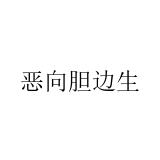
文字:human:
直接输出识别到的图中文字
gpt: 恶向胆边生